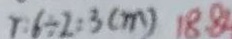
r : 6 \div 2 = 3 ( m ) 1 8 . 8